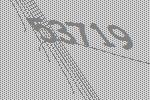
53719